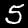
Label: 5